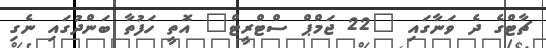
ޗާޓްގެ ދެ ވަނާގައި "22 ޖަމްޕް ސްޓްރީޓް" އޮތީ ހަފުތާ ބަންދުގައި ނެގި